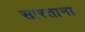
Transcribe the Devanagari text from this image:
सारताना